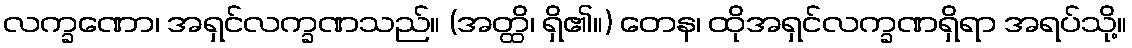
လက္ခဏော၊ အရှင်လက္ခဏသည်။ (အတ္ထိ၊ ရှိ၏။) တေန၊ ထိုအရှင်လက္ခဏရှိရာ အရပ်သို့။